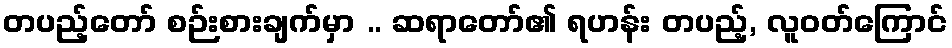
တပည့်တော် စဉ်းစားချက်မှာ .. ဆရာတော်၏ ရဟန်း တပည့်, လူဝတ်ကြောင်